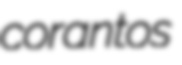
corantos